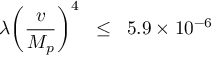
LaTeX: \lambda \biggl ( \frac { v } { M _ { p } } \biggr ) ^ { 4 } \; \; \leq \; \; 5 . 9 \times 1 0 ^ { - 6 } \,